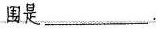
围是___.